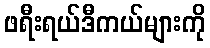
ဖရီးရယ်ဒီကယ်များကို